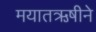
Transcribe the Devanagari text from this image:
मयातऋषीने